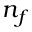
n _ { f }